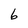
Character: 6